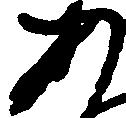
あ